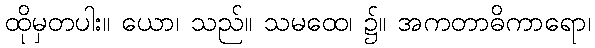
ထိုမှတပါး။ ယော၊ သည်။ သမထေ၊ ၌။ အကတာဓိကာရော၊